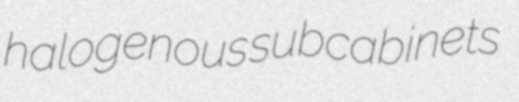
halogenous subcabinets